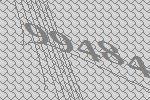
99484